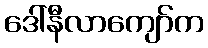
ဒေါ်နီလာကျော်က